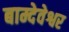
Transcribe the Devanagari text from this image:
बाम्देवेश्वर